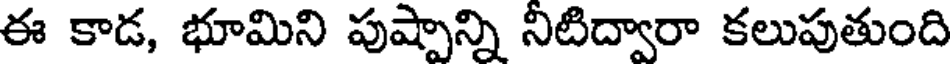
ఈ కాడ, భూమిని పుష్పాన్ని నిటిద్వారా కలుపుతుంది